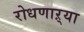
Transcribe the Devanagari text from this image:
रोधणाऱ्या